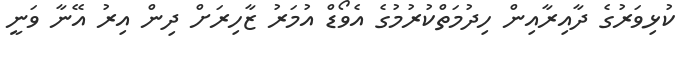
ކުޅިވަރުގެ ދާއިރާއިން ހިދުމަތްކުރުމުގެ އެވޯޑް އުމަރު ޒާހިރަށް ދިން އިރު އޭނާ ވަނީ